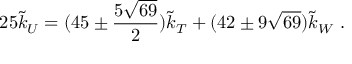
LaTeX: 2 5 { \tilde { k } _ { U } } = ( 4 5 \pm \frac { 5 \sqrt { 6 9 } } { 2 } ) \tilde { k } _ { T } + ( 4 2 \pm 9 \sqrt { 6 9 } ) \tilde { k } _ { W } ~ .